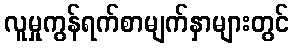
လူမှုကွန်ရက်စာမျက်နှာများတွင်